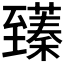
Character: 𫇑